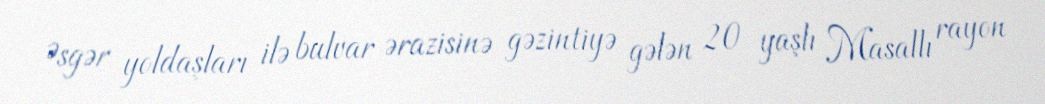
Əsgər yoldaşları ilə bulvar ərazisinə gəzintiyə gələn 20 yaşlı Masallı rayon